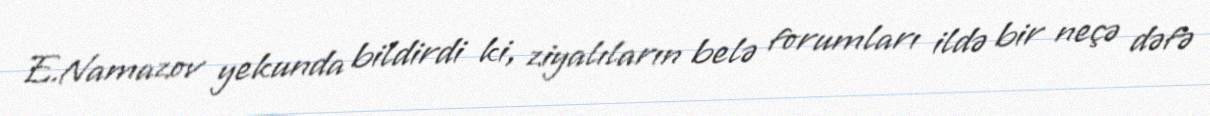
E.Namazov yekunda bildirdi ki, ziyalıların belə forumları ildə bir neçə dəfə